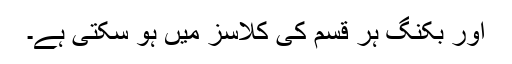
اور بکنگ ہر قسم کی کلاسز میں ہو سکتی ہے۔